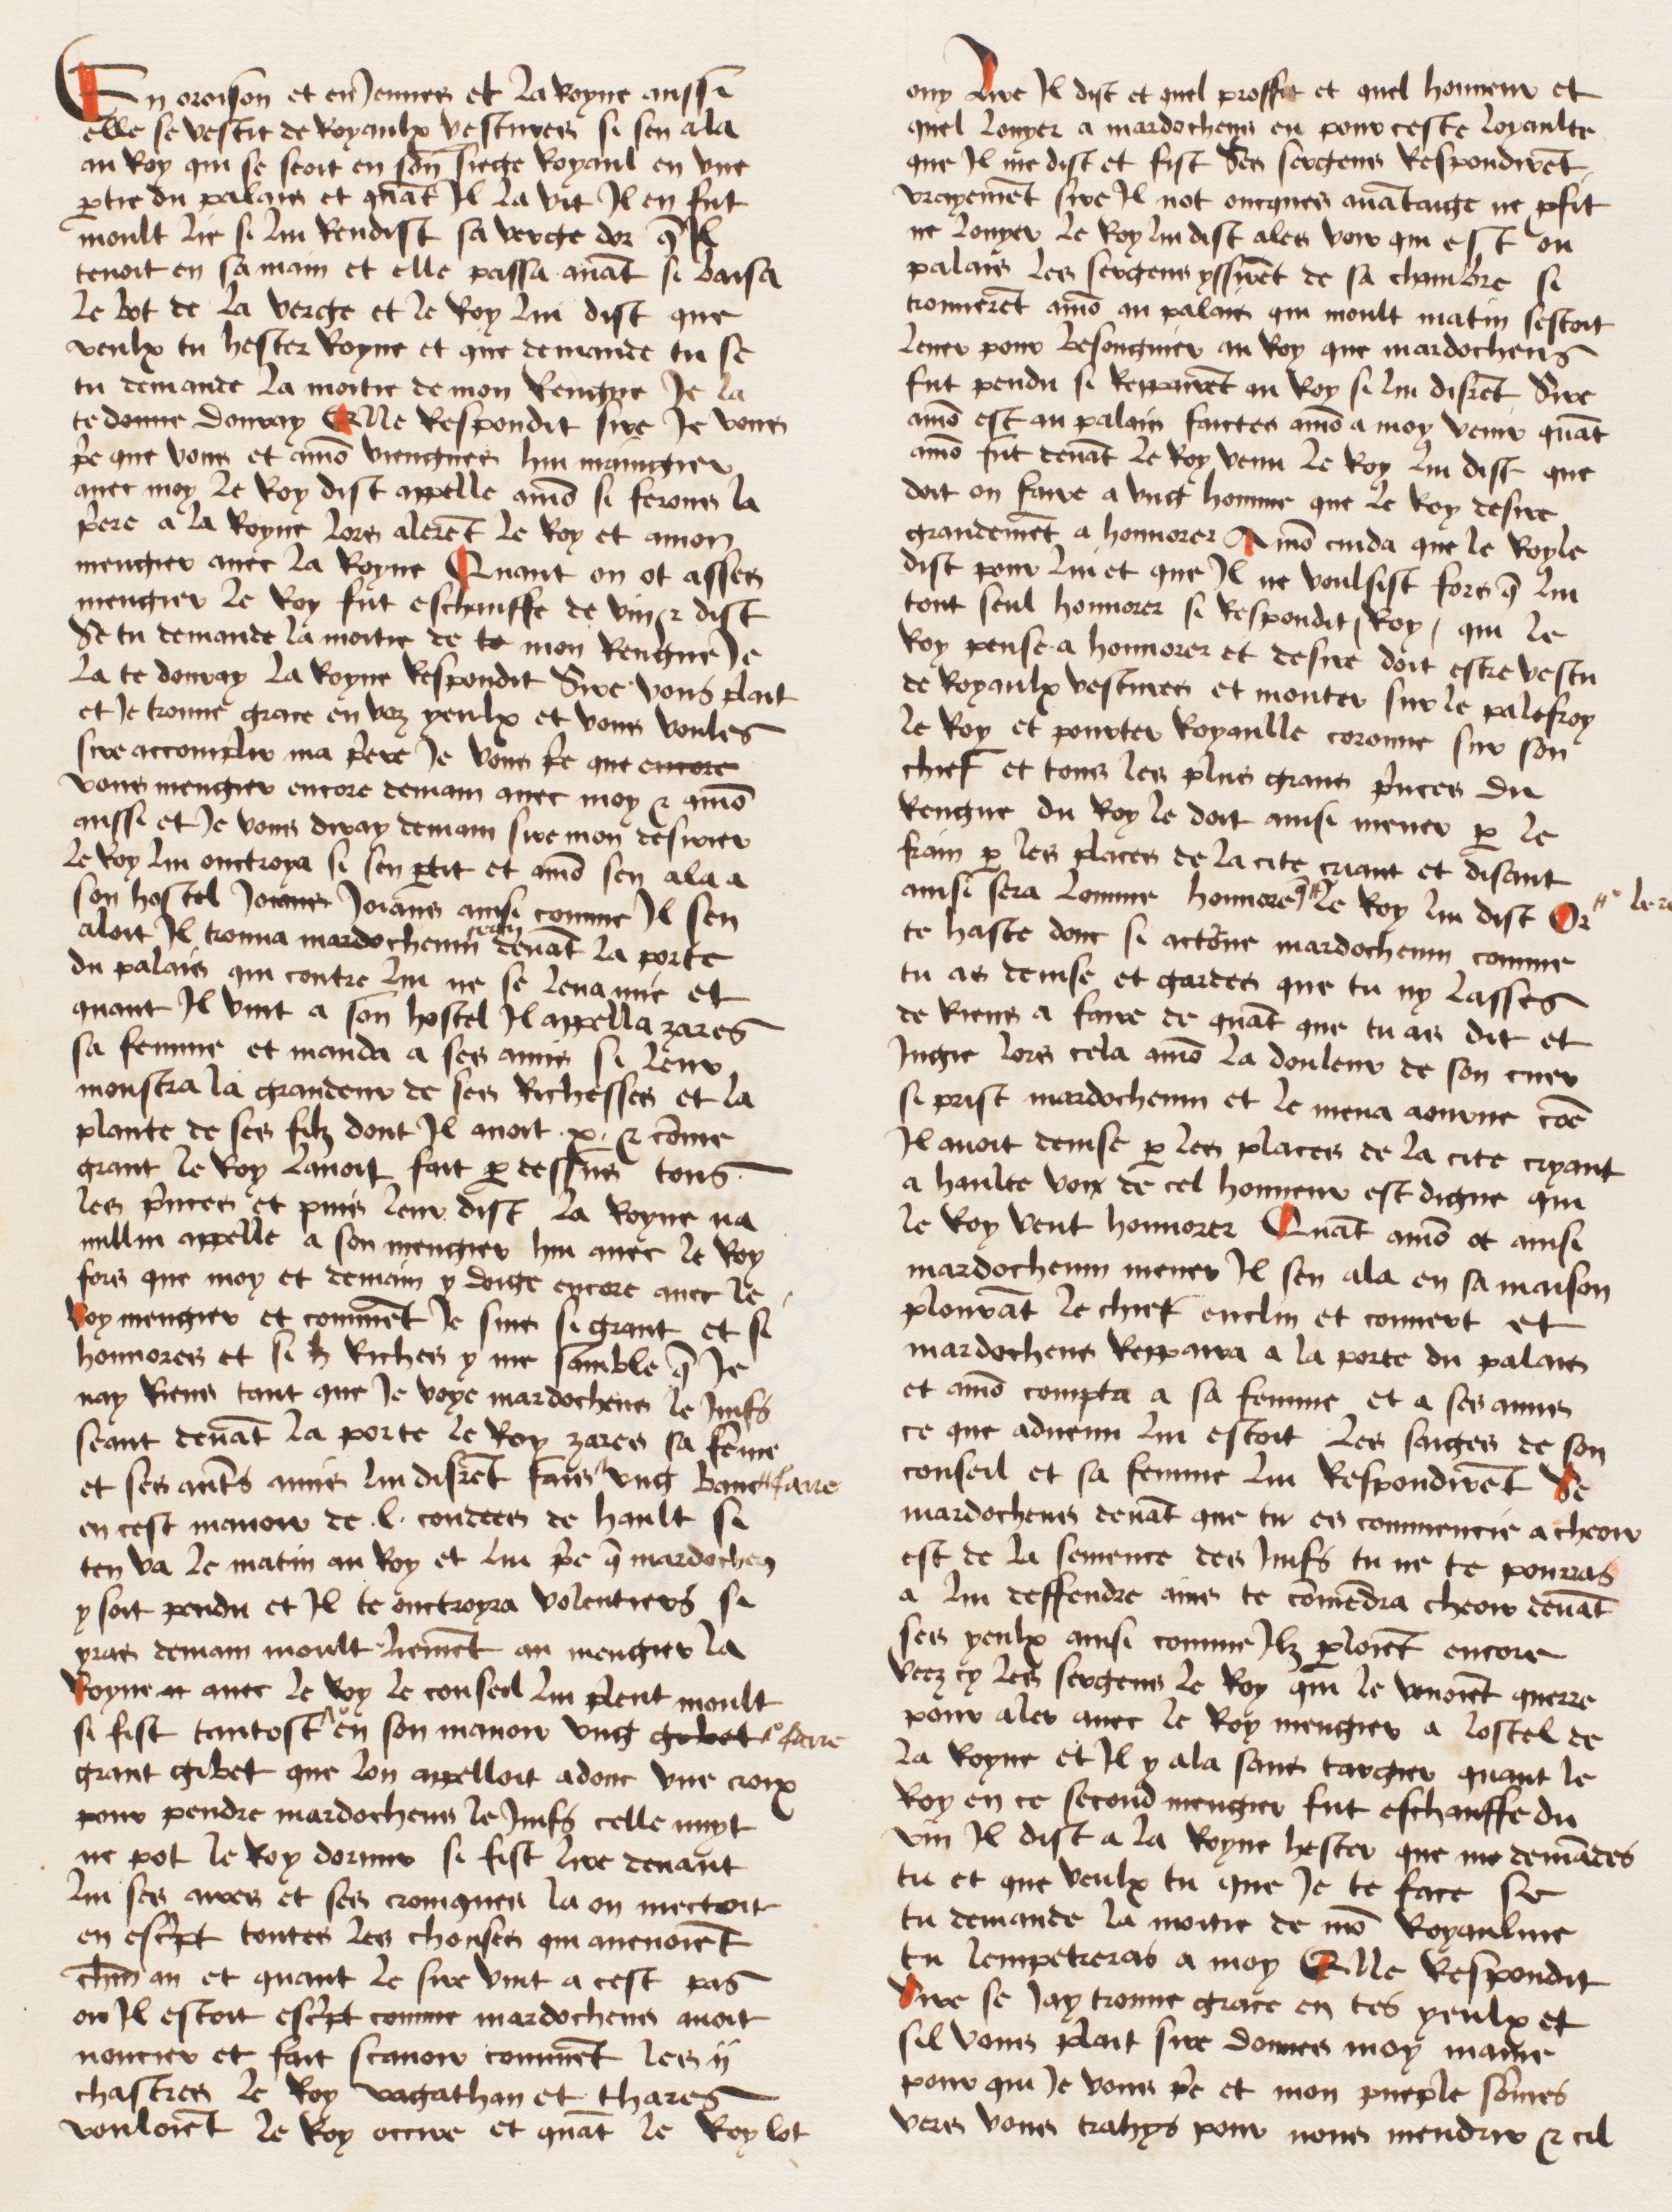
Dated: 1474–1474